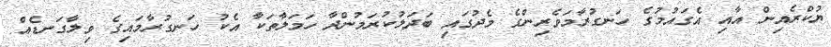
ޔުކްރެއިން އާއި އެގައުމުގެ ހަނގުރާމަވެރިންގެ މެދުގައި ބަދަލުކުރަމުންދާ ހަމަލާތަކާ އެކު ހަނގުރާމައިގެ ވިލާގަނޑެއް